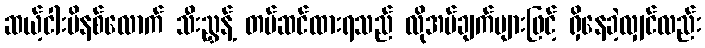
ဆယ့်ငါးမိနစ်လောက် သီးညွှန့် တပ်ဆင်ထားရသည် လိုအပ်ချက်များဖြင့် ရှိနေခဲ့လျှင်လည်း